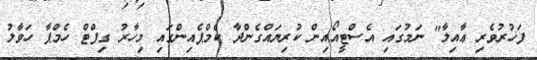
ފަޚުރުވެރި ޢާއިލާ" ނަމުގައި އެސްޓީއޯއިން ކުރިޔައްގެންދާ ކެމްޕެއިންގައި މިހާރު ގިފްޓް ހެމްޕާ ހަވާލު